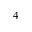
4